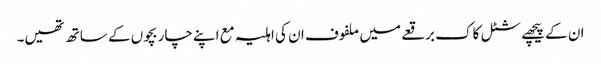
ان کے پیچھے شٹل کاک برقعے میں ملفوف ان کی اہلیہ مع اپنے چار بچوں کے ساتھ تھیں۔